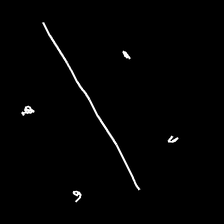
Glyph: cool